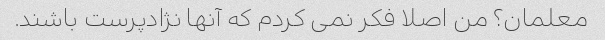
معلمان؟ من اصلا فکر نمی کردم که آنها نژادپرست باشند.